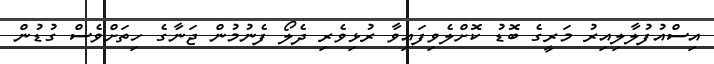
އިސްއުފުލާލިއިރު މަރީގެ ބޮޑު ކޮށްލެވިފައިވާ ރުޅިވެރި ދެލޯ ފެނުމުން ޖަނާގެ ހިތަށްވެސް ގުޑުން